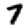
Digit: 7